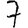
Digit: 7